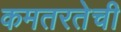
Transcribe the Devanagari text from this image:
कमतरतेची